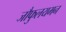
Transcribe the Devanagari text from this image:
जौफुलयमन